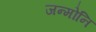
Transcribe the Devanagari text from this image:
जन्मोनि